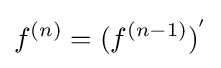
f^{(n)}=(f^{(n-1)})^{'}